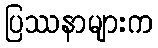
ပြဿနာများက